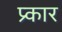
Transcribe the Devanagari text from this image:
प्र्कार